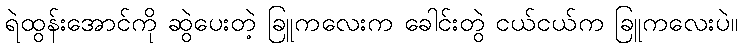
ရဲထွန်းအောင်ကို ဆွဲပေးတဲ့ ခြူကလေးက ခေါင်းတွဲ ငယ်ငယ်က ခြူကလေးပဲ။